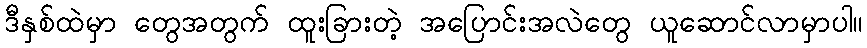
ဒီနှစ်ထဲမှာ တွေအတွက် ထူးခြားတဲ့ အပြောင်းအလဲတွေ ယူဆောင်လာမှာပါ။